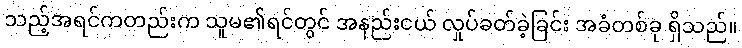
သည့်အရင်ကတည်းက သူမ၏ရင်တွင် အနည်းငယ် လှုပ်ခတ်ခဲ့ခြင်း အခံတစ်ခု ရှိသည်။